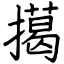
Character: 擖